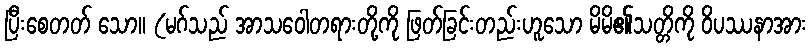
ပြီးစေတတ် သော။ (မဂ်သည် အာသဝေါတရားတို့ကို ဖြတ်ခြင်းတည်းဟူသော မိမိ၏သတ္တိကို ဝိပဿနာအား